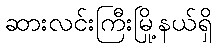
ဆားလင်းကြီးမြို့နယ်ရှိ